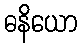
ဓနိယော